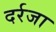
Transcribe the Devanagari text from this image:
दर्रजा